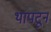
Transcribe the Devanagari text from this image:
थापटून